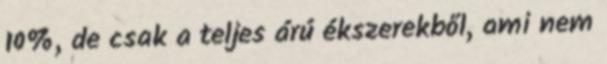
10%, de csak a teljes árú ékszerekből, ami nem